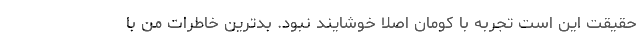
حقیقت این است تجربه با کومان اصلا خوشایند نبود. بدترین خاطرات من با